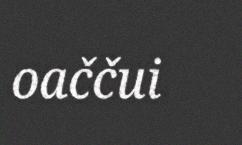
oaččui